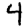
Digit: 4